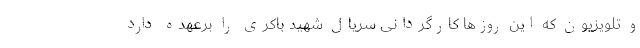
و تلویزیون که این روزها کارگردانی سریال شهید باکری را برعهده دارد